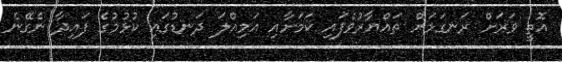
އޮތީ ވަރަށް ރަނގަޅަށް ތައްޔާރުވެފައި ކަމަށާއި އަމިއްލަ ދަނޑުގައި ކުޅުމުގެ ފައިދާ ނެގޭނެ